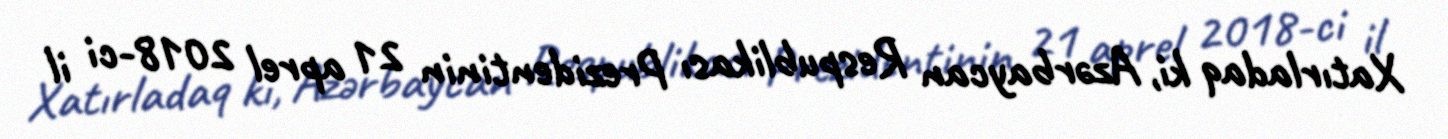
Xatırladaq ki, Azərbaycan Respublikası Prezidentinin 21 aprel 2018-ci il